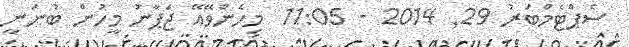
ސެޕްޓެމްބަރު 29